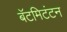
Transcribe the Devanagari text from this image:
बॅटमिटंटन